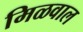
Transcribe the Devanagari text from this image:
मिळवाल